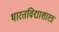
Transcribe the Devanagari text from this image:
भारतविद्याशास्त्र